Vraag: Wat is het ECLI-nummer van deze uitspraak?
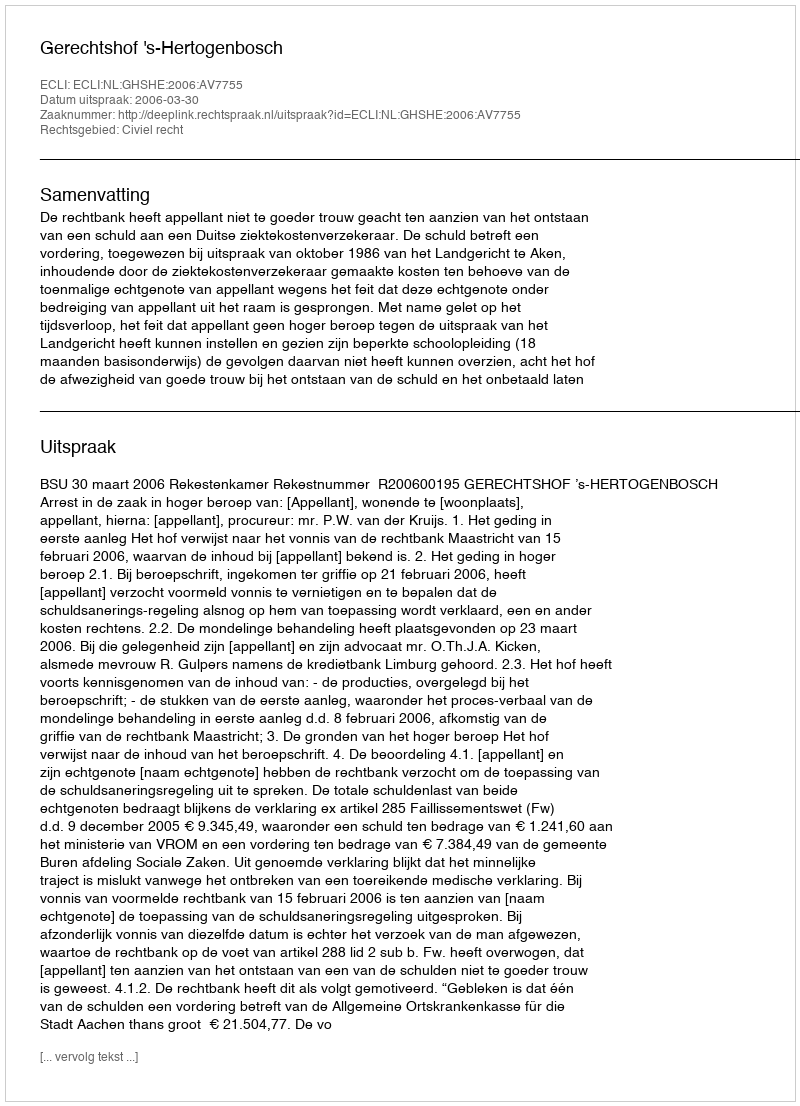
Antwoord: ECLI:NL:GHSHE:2006:AV7755